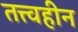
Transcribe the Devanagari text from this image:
तत्त्वहीन